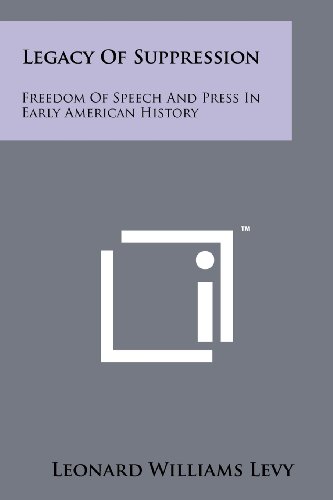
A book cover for Legacy Of Suppression: Freedom Of Speech And Press In Early American History; Leonard Williams Levy; Literature & Fiction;